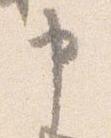
申